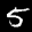
Label: 5